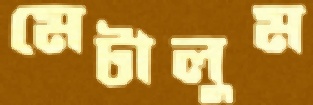
মেটালুম